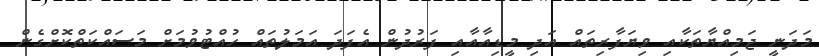
މަދަނީ ޖަމިއްޔާތަކާއި ވިޔަފާރިތައް އަދި މީޑިއާއާއި ފަރުދުން އެފަދަ އަމަލުތައް ހުއްޓުވުމަށް މަސައްކަތްކޮށްގެން